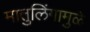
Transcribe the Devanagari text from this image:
मातुलिंगामुळे